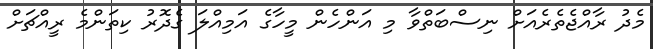
މެދު ރާއްޖެތެރެއަށް ނިސްބަތްވާ މި އަންހެން މީހާގެ އަމިއްލަ ގެދޮރު ކިތަންމެ ރީއްޗަށް